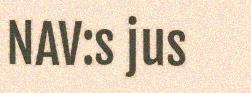
NAV:s jus